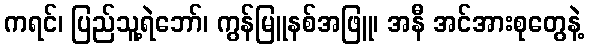
ကရင်၊ ပြည်သူ့ရဲဘော်၊ ကွန်မြူနစ်အဖြူ၊ အနီ အင်အားစုတွေနဲ့